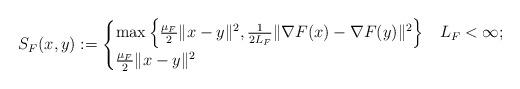
LaTeX: \begin{align*}S_F(x, y) &:= \begin{cases}\max\left\{\frac{\mu_F}{2}\|x - y\|^2, \frac{1}{2L_F}\|\nabla F(x) - \nabla F(y)\|^2\right\} & L_F < \infty; \\\frac{\mu_F}{2}\|x - y\|^2 & \end{cases}\end{align*}